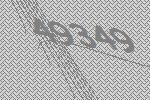
49349